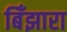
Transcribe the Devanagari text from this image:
बिँझारा